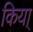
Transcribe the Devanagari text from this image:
किया्